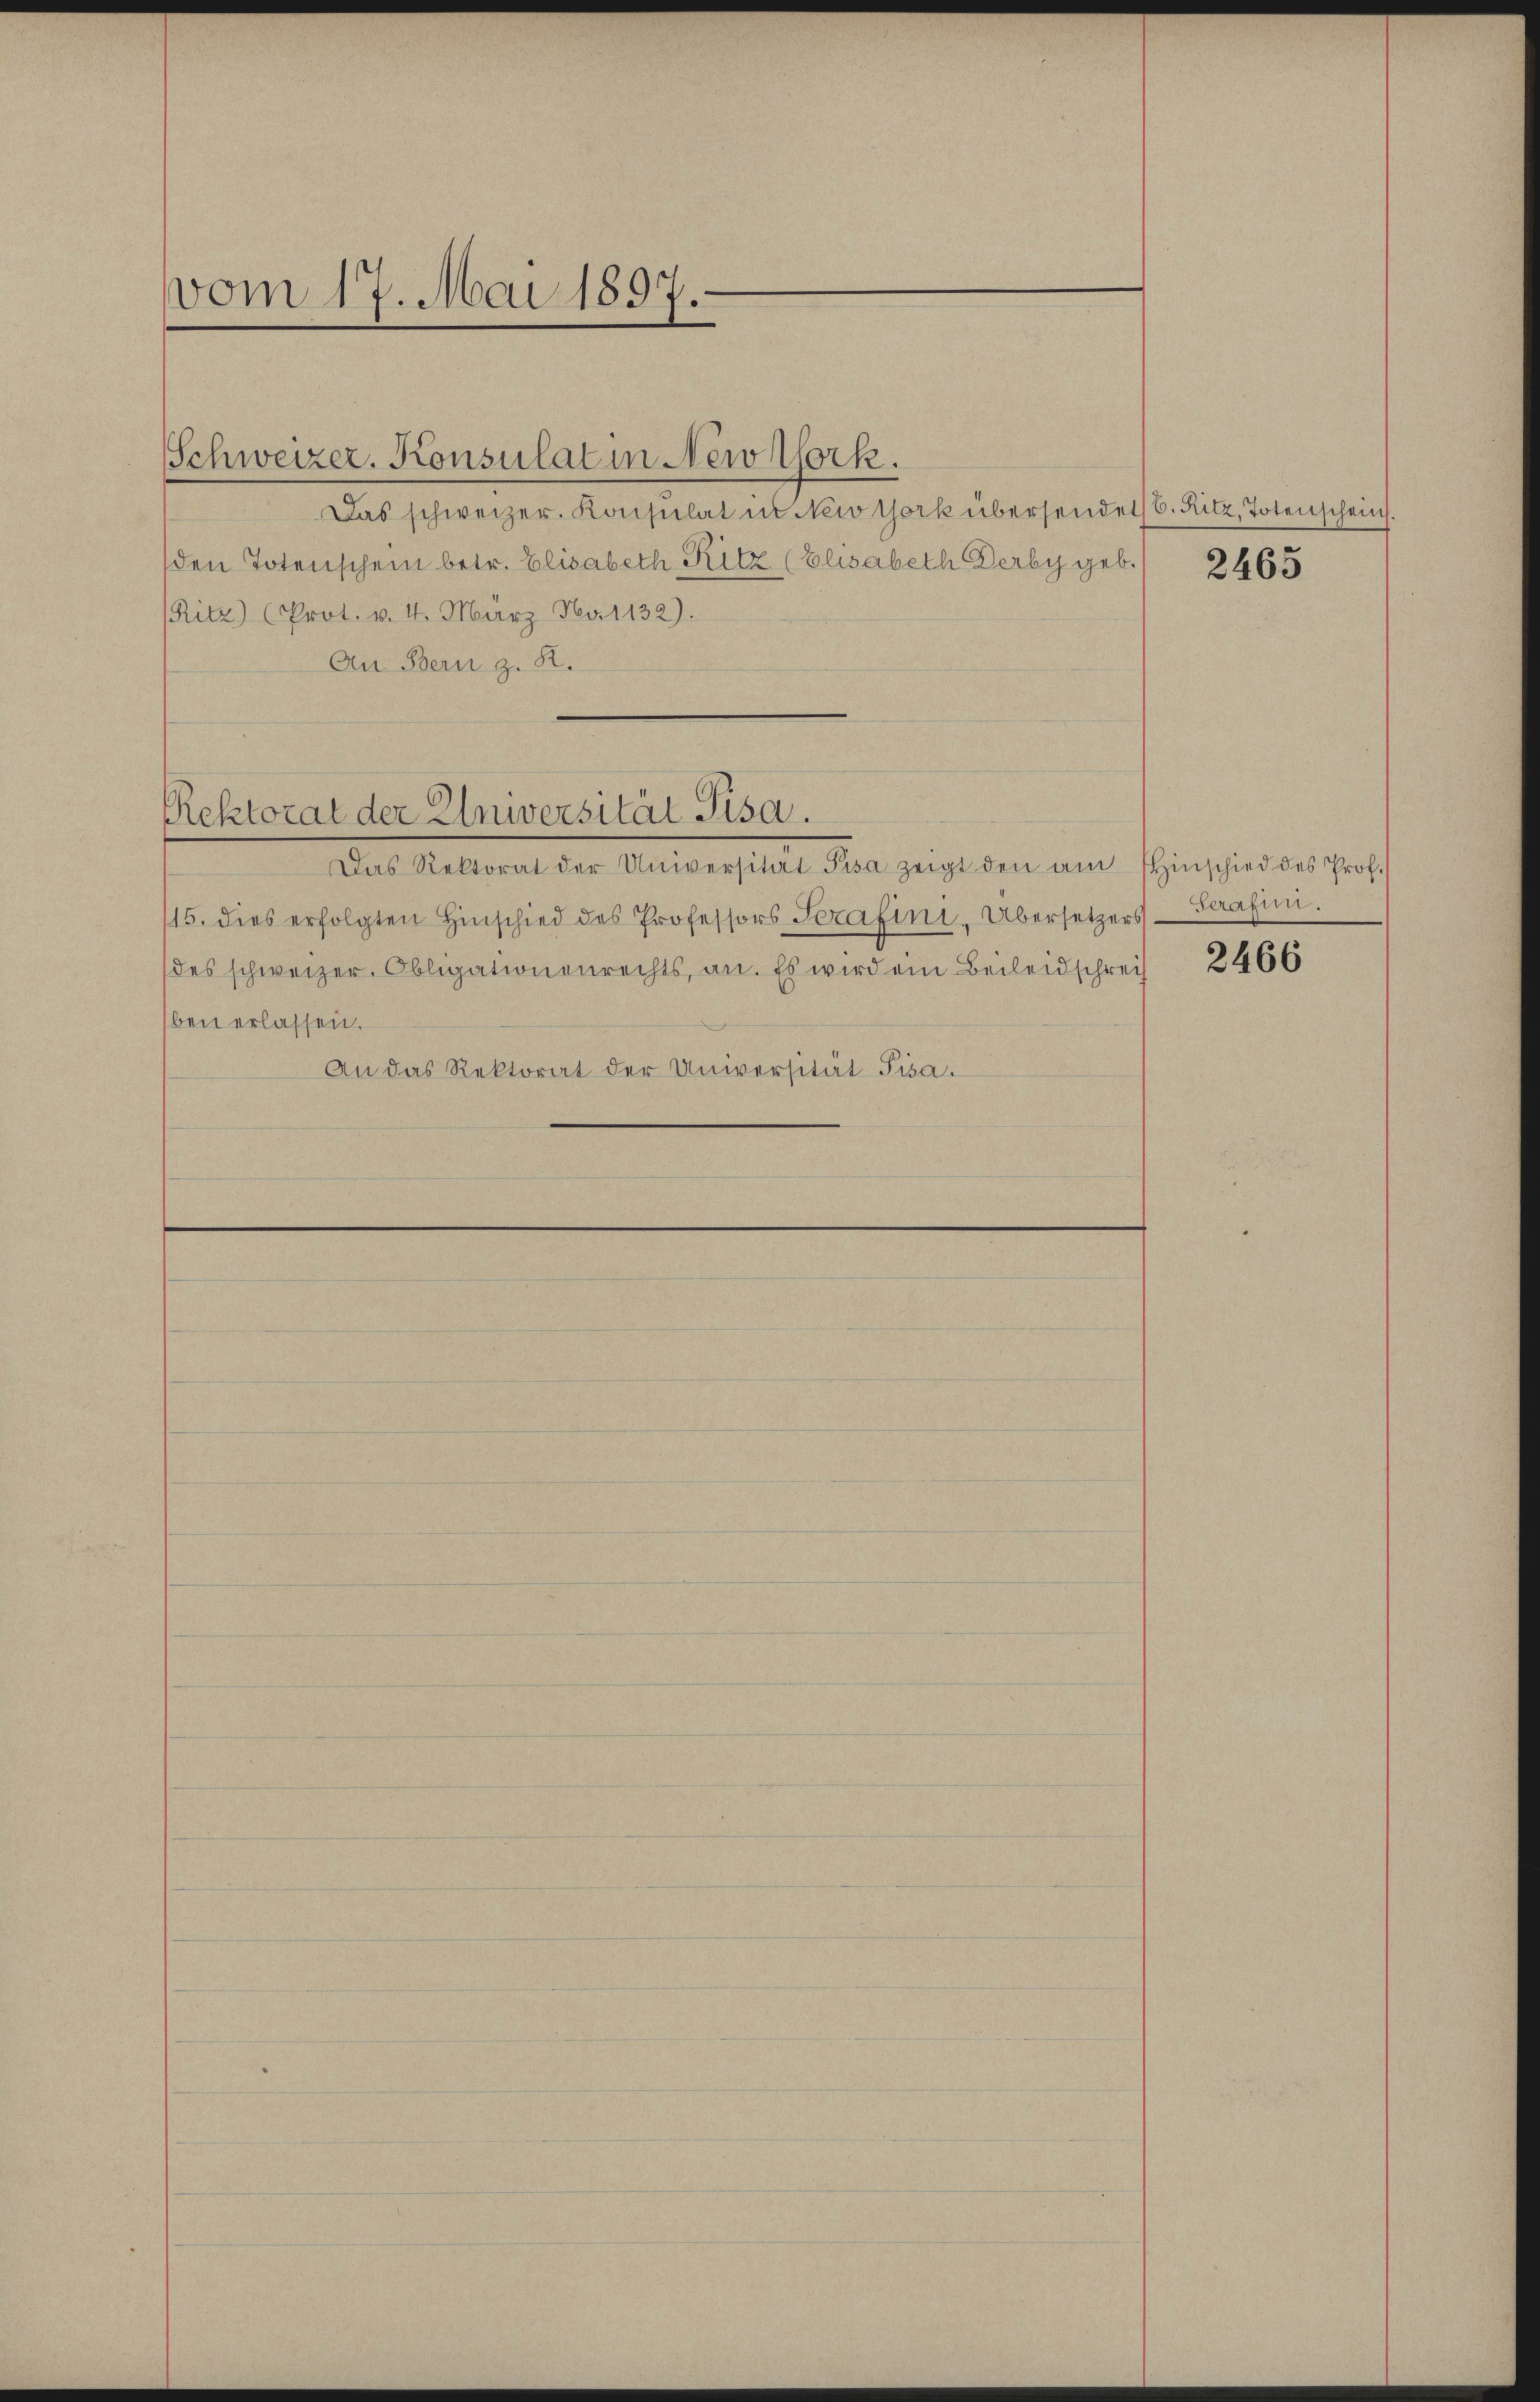
vom 17. Mai 1897.

Schweizer. Konsulat in Newtork.

Das schweizer. Konsulat in New York übersendet 6. Ritz, Totenschein.
den Totenschein betr. Elisabeth Ritz (Elisabeth Derby geb.
Ritz) (Prot. v. 4. März Na1132).
An Bern z. R.

Rektorat der Universität Pisa.

Das Rektorat der Universitat Pisa zeigt den am Hinschied des Prof.
115. dies erfolgten Hinschied des Professors Serafini, Übersetzers-Perafini.
des schweizer. Obligationenrechts, an. Es wird ein Beileidschreif
ben erlassen.
An das Rektorat der Universität Pisa.

2463

2466